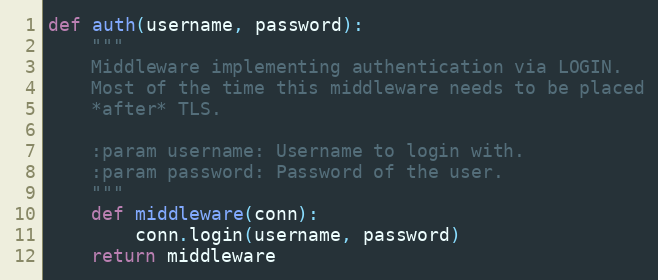
Language: Python
def auth(username, password):
    """
    Middleware implementing authentication via LOGIN.
    Most of the time this middleware needs to be placed
    *after* TLS.

    :param username: Username to login with.
    :param password: Password of the user.
    """
    def middleware(conn):
        conn.login(username, password)
    return middleware